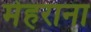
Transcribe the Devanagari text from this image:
मेहराना